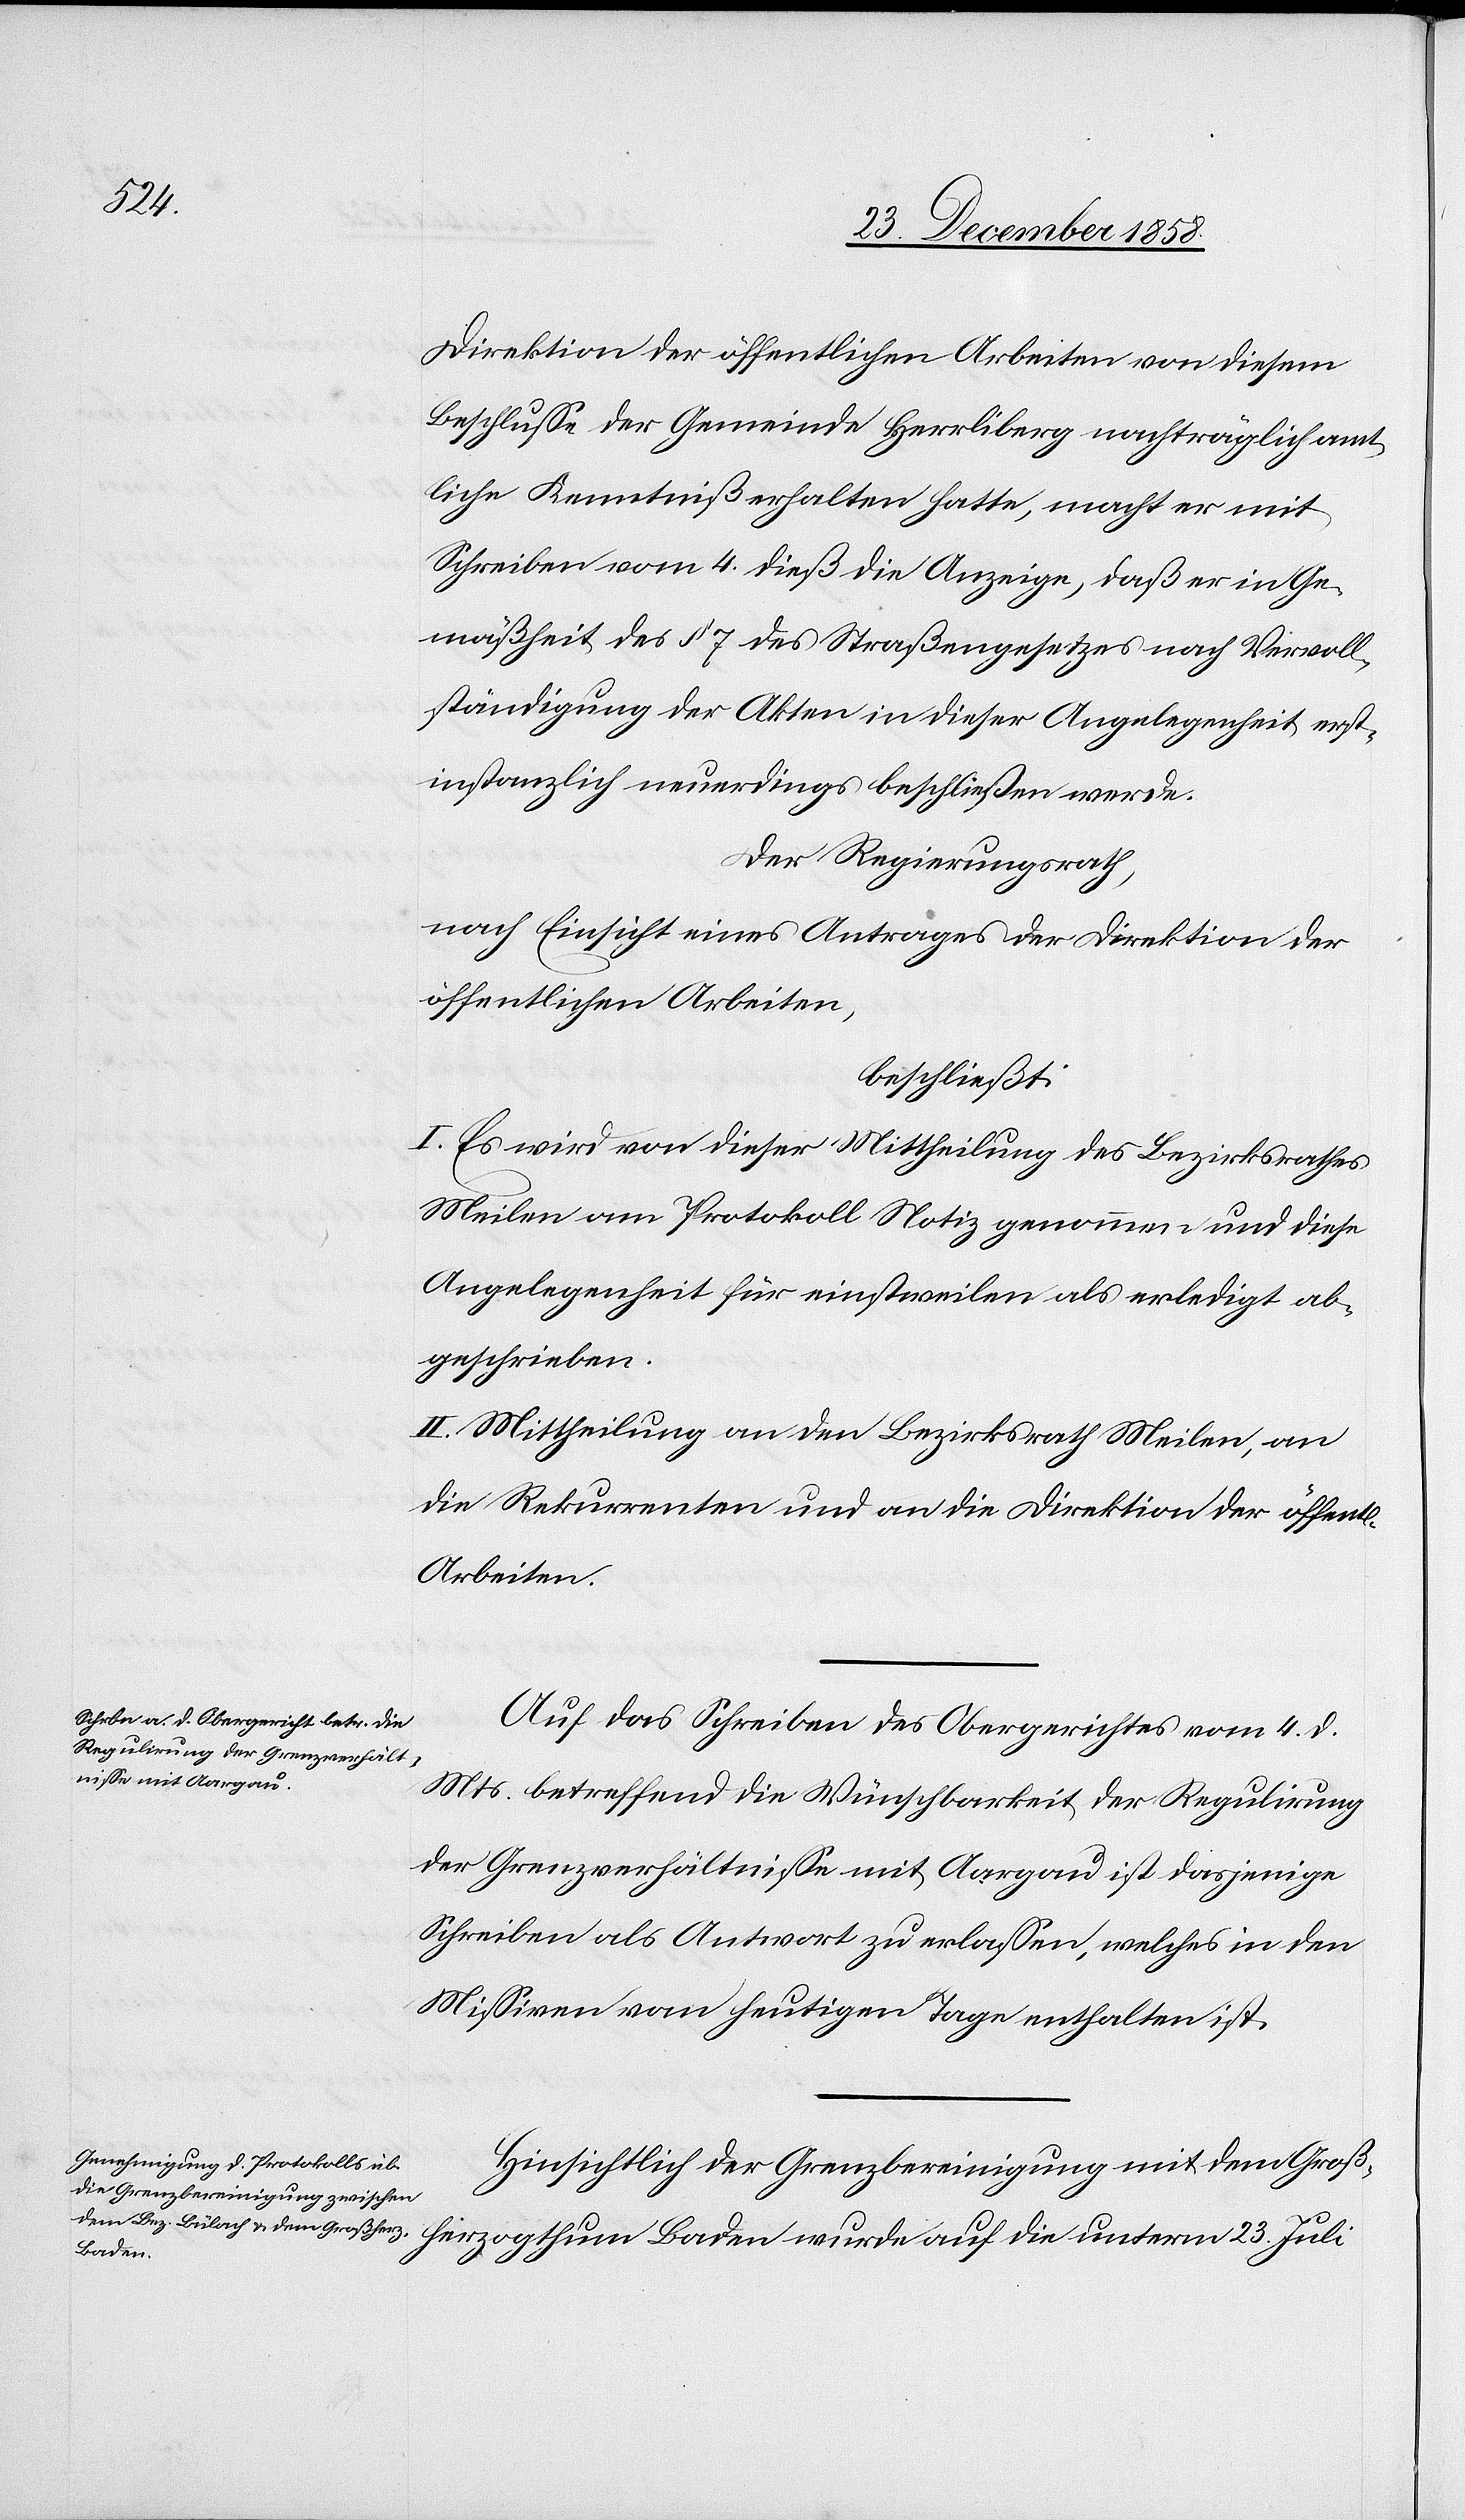
22.

Herr Regierungsrath
Wahlen